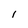
Character: i